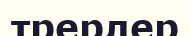
трерлер